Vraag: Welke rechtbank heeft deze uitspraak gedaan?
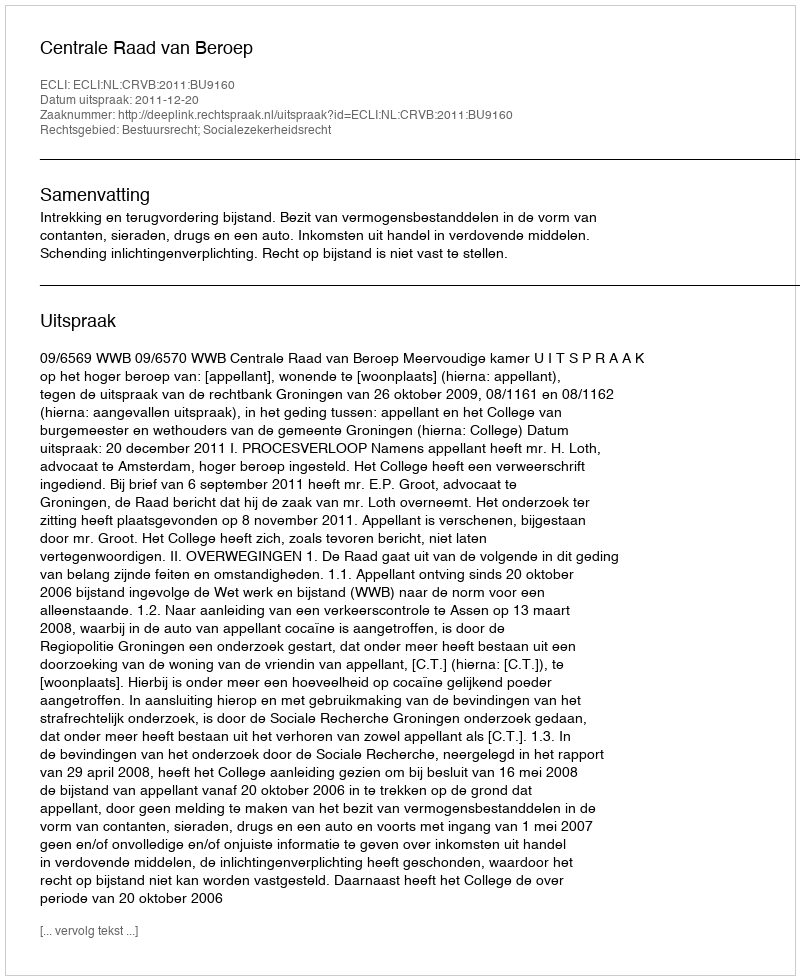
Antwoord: Centrale Raad van Beroep